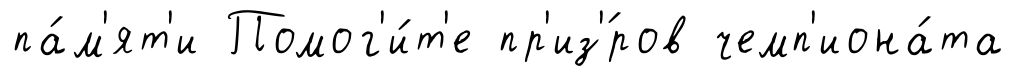
па́м'ят'и Помог'и́т'е пр'из'́ров чемп'иона́та